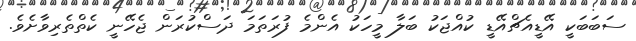
ސަބަބަކީ އޭޑީއެޗްއޭޑީ ކުއްޖަކު ބަލާ މީހަކު އެންމެ ފުރަތަމަ ދަސްކުރަން ޖެހޭނީ ކެތްތެރިވާށެވެ.